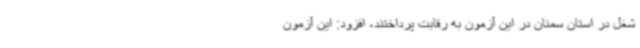
شغل در استان سمنان در این آزمون به رقابت پرداختند، افزود: این آزمون